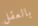
بالعقل